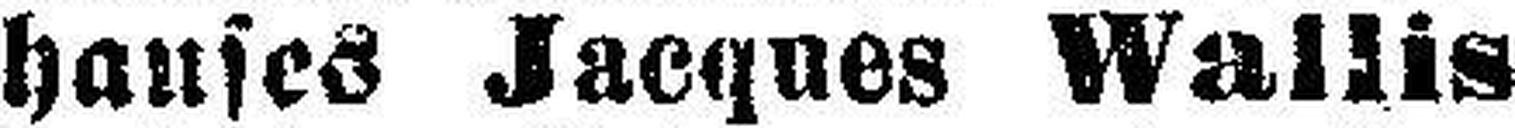
hauses Jacques Wallis